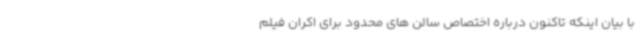
با بیان اینکه تاکنون درباره اختصاص سالن های محدود برای اکران فیلم